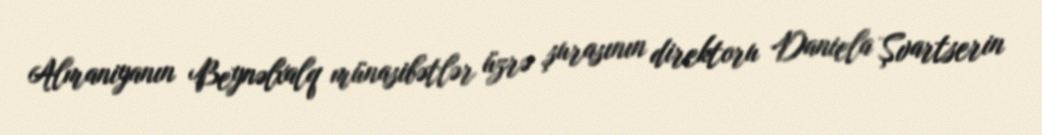
Almaniyanın Beynəlxalq münasibətlər üzrə şurasının direktoru Daniela Şvartserin